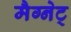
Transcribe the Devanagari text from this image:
मैग्नेट्